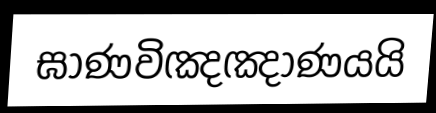
ඝාණවිඤඤාණයයි